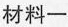
材料一